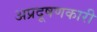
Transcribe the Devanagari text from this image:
अप्रदूषणकारी